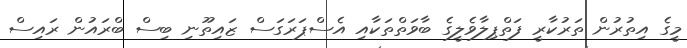
މީގެ އިތުރުން ތަރުކާރީ ފަތްޕިލާވެލީގެ ބާވަތްތަކާއި އެސްޕަރަގަސް ޒައިތޫނި ބިސް ބްރައުން ރައިސް